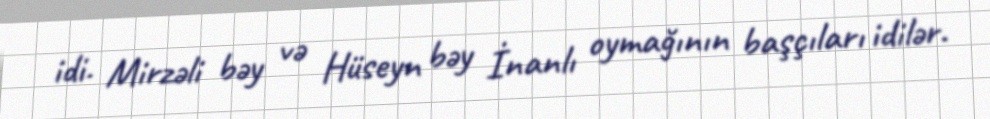
idi. Mirzəli bəy və Hüseyn bəy İnanlı oymağının başçıları idilər.